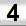
Digit: 3